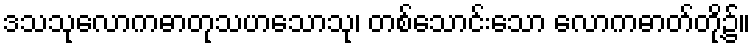
ဒသသုလောကဓာတုသဟသောသု၊ တစ်သောင်းသော လောကဓာတ်တို့၌။